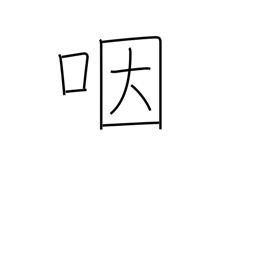
Meaning: throat